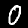
Label: 0